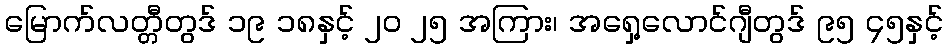
မြောက်လတ္တီတွဒ် ၁၉ ၁၈နှင့် ၂၀ ၂၅ အကြား၊ အရှေ့လောင်ဂျီတွဒ် ၉၅ ၄၅နှင့်